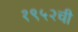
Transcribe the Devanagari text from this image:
१९५२ची